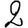
Digit: 2